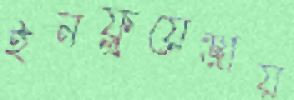
ইনফ্লুয়েঞ্জায়